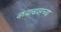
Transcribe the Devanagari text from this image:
वंध्यत्वावरच्या